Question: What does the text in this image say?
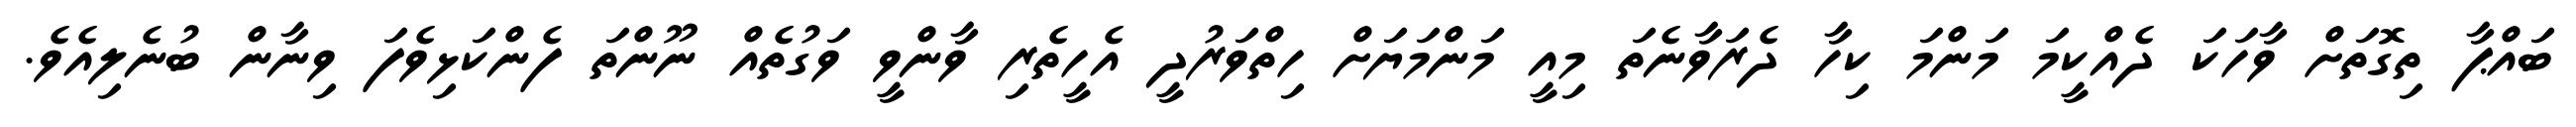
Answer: ބައްޕާ ތިގޮތަށް ވާހަކަ ދެއްކީމަ މަންމަ ކިހާ ދެރަވާނެތަ މިއީ މަންމަޔަށް ހިތްވަރުދީ އެހީތެރި ވާންވީ ވަގުތެއް ނޫންތަ ފެންކަޅިވެފަ ވިނާން ބުނެލިއެވެ.